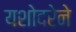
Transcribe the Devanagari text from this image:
यशोदरेने